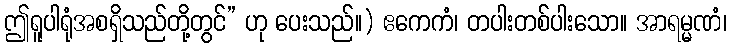
ဤရူပါရုံအစရှိသည်တို့တွင်” ဟု ပေးသည်။) ဧကေကံ၊ တပါးတစ်ပါးသော။ အာရမ္မဏံ၊